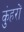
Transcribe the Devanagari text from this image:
कुंहरों